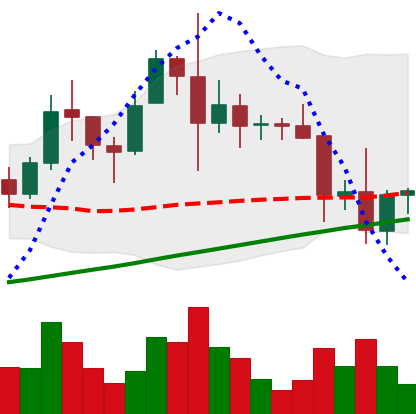
Ticker: XRP-USD
Chart end date: 2021-11-20
Forward return: -5.991%
Label: down_5_7